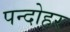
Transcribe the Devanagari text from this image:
पन्दोहर